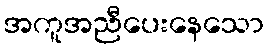
အကူအညီပေးနေသော